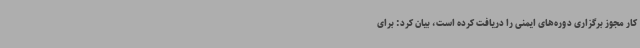
کار مجوز برگزاری دوره‌های ایمنی را دریافت کرده است، بیان کرد: برای